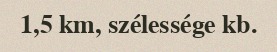
1,5 km, szélessége kb.